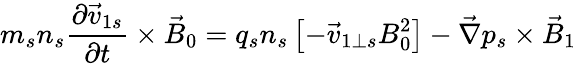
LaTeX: m_{s}n_{s}\frac{\partial\vec{v}_{1s}}{\partial t}\times\vec{B}_{0}=q_{s}n_{s}\left[-\vec{v}_{1\perp s}B_{0}^{2}\right]-\vec{\nabla}p_{s}\times\vec{B}_{1}